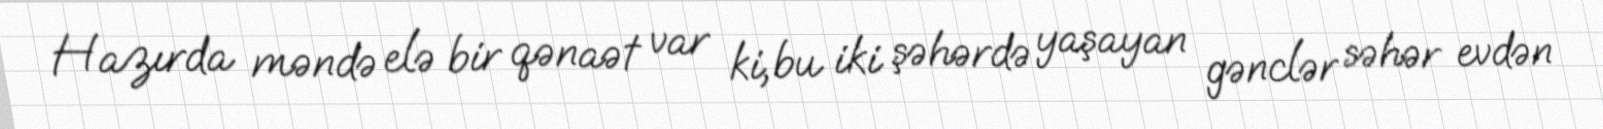
Hazırda məndə elə bir qənaət var ki, bu iki şəhərdə yaşayan gənclər səhər evdən